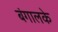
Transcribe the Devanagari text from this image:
बंगालके